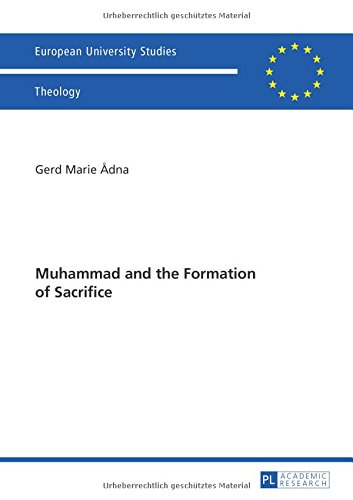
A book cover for Muhammad and the Formation of Sacrifice (EuropÃ¤ische Hochschulschriften / European University Studies / Publications Universitaires EuropÃ©ennes); Gerd Marie ÃEdna; Religion & Spirituality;